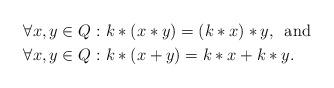
LaTeX: \begin{align*} \forall x,y \in Q: \, \, & k*(x*y)=(k*x)*y, \,\mbox{ and }\\ \forall x,y \in Q: \, \, & k*(x+y)=k*x+k*y. \end{align*}